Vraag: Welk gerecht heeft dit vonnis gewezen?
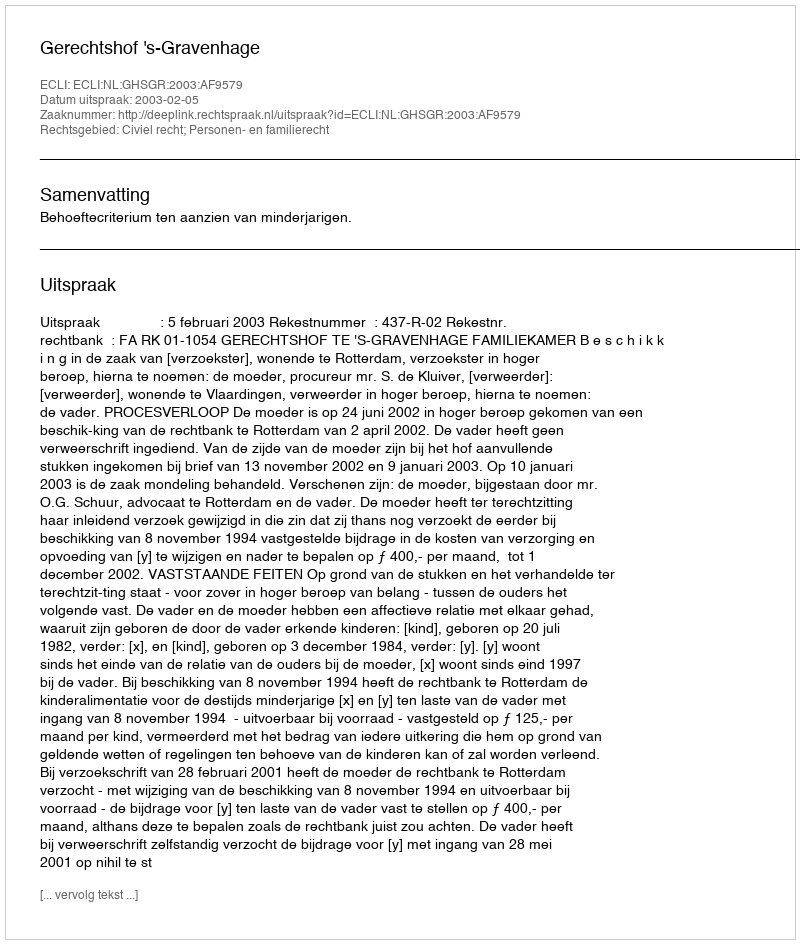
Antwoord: Gerechtshof 's-Gravenhage